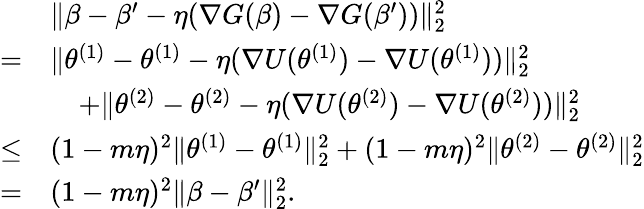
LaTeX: \begin{array}{rl}&{\| \beta-\beta^{\prime}-\eta(\nabla G(\beta)-\nabla G(\beta^{\prime}))\| _{2}^{2}}\\ {=}&{\| \theta^{(1)}-\theta^{(1)}-\eta(\nabla U(\theta^{(1)})-\nabla U(\theta^{(1)}))\| _{2}^{2}}\\ &{\quad+\| \theta^{(2)}-\theta^{(2)}-\eta(\nabla U(\theta^{(2)})-\nabla U(\theta^{(2)}))\| _{2}^{2}}\\ {\leq}&{(1-m\eta)^{2}\| \theta^{(1)}-\theta^{(1)}\| _{2}^{2}+(1-m\eta)^{2}\| \theta^{(2)}-\theta^{(2)}\| _{2}^{2}}\\ {=}&{(1-m\eta)^{2}\| \beta-\beta^{\prime}\| _{2}^{2}.}\end{array}